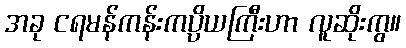
အခု ငရမန်ကန်းကပ္ပိယကြီးဟာ လူဆိုးကွ။